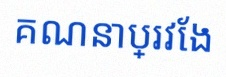
គណនាប្រវែង